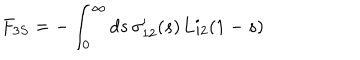
F _ { 3 S } = - \int _ { 0 } ^ { \infty } d s \, \sigma _ { 1 2 } ^ { \prime } ( s ) \, \mathrm { L i } _ { 2 } ( 1 - s )